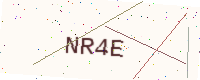
Text: NR4E